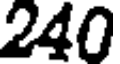
240